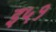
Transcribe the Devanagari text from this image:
इ५१